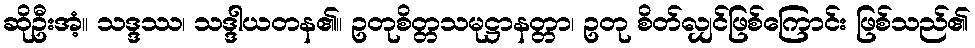
ဆိုဦးအံ့။ သဒ္ဒဿ၊ သဒ္ဒါယတန၏။ ဥတုစိတ္တသမုဋ္ဌာနတ္တာ၊ ဥတု စိတ်လျှင်ဖြစ်ကြောင်း ဖြစ်သည်၏